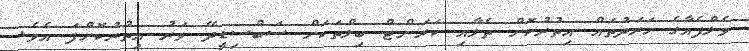
ވެލްފެއާގެ ހަރަދުތައް އިތުރުކޮށް ތެލާއި ކަރަންޓް ބިލްތަކަށް ސަބްސިޑީދޭ ވަރު އިތުރުކޮށްފަ އެވެ.